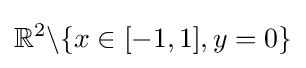
\mathbb {R} ^{2}\backslash \{x\in [-1,1],y=0\}